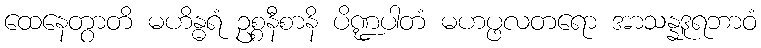
ထေနေတွာတိ မဟိန္ဓရံ ဥစ္စနီစာနိ ပိဏ္ဍပါတံ မဟပ္ဖလတရော အာသန္နဒူရဘာဝံ